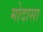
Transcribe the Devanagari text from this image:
मोदासा